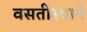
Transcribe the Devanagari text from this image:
वसतीस्थाने